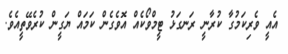
އެއީ ވެރިކަމުގާ ކުރާނީ ރަނގަޅު ޓީމްވޯކެއް އޮވެގެން ކަމައް ޔަގީން ކުރެވޭތީއެވެ.